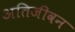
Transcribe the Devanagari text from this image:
अतिजीवन